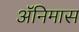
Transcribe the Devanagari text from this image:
ॲनिमास